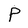
Character: P